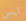
ليس